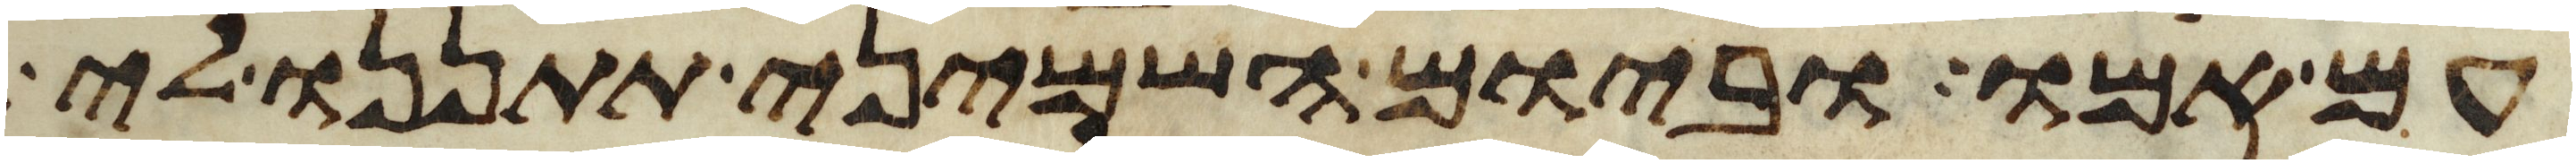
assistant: עם אמו וביום השמיני תתננו לי